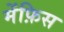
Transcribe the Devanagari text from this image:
मेंफ़िस